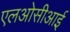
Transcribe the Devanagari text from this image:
एलओसीआई